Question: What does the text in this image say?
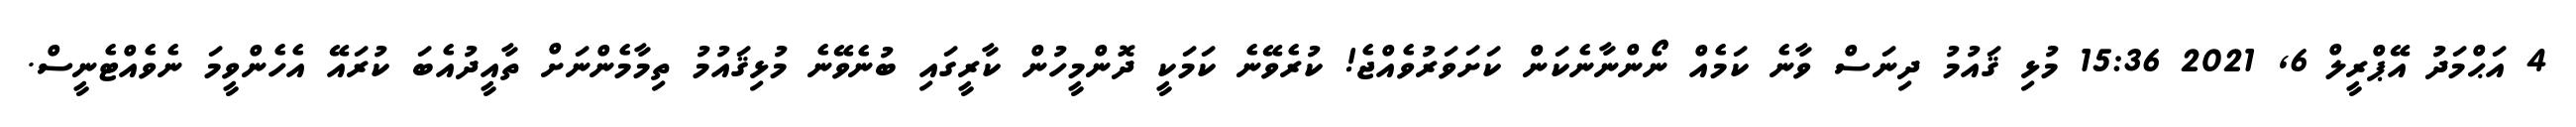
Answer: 4 އަޙްމަދު އޭޕްރީލް 6, 2021 15:36 މުޅި ޤައުމު ދިނަސް ވާނެ ކަމެއް ނޯންނާނެކަން ކަށަވަރުވެއްޖެ! ކުރެވޭނެ ކަމަކީ ދޮންމީހުން ކާރީގައި ބުނެވޭނެ މުޅިޤައުމު ތިމާމެންނަށް ތާއީދުއެބަ ކުރައޭ އެހެންވީމަ ނެވެއްޓެނީސް.